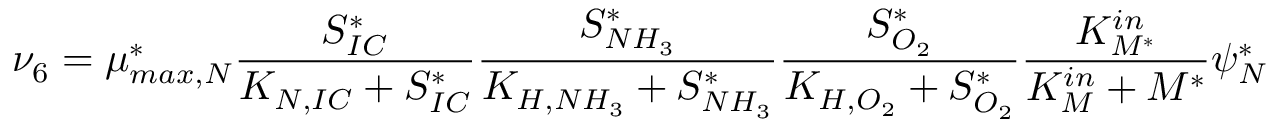
\nu _ { 6 } = \mu _ { m a x , N } ^ { * } \frac { S _ { I C } ^ { * } } { K _ { N , I C } + S _ { I C } ^ { * } } \frac { S _ { N H _ { 3 } } ^ { * } } { K _ { H , N H _ { 3 } } + S _ { N H _ { 3 } } ^ { * } } \frac { S _ { O _ { 2 } } ^ { * } } { K _ { H , O _ { 2 } } + S _ { O _ { 2 } } ^ { * } } \frac { K _ { M ^ { * } } ^ { i n } } { K _ { M } ^ { i n } + M ^ { * } } \psi _ { N } ^ { * }